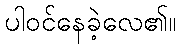
ပါဝင်နေခဲ့လေ၏။